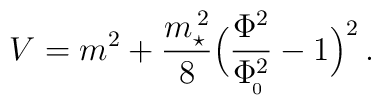
V = m^2+{m_\star^{\,2}\over 8}\Big({\Phi^2\over \Phi_{\!_0}^2}-1\Big)^2\, .